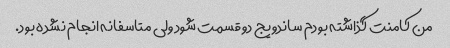
من کامنت گذاشته بودم ساندویج دو قسمت شود ولی متاسفانه انجام نشده بود.